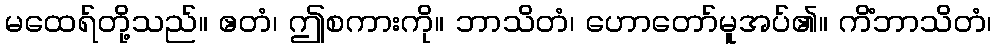
မထေရ်တို့သည်။ ဧတံ၊ ဤစကားကို။ ဘာသိတံ၊ ဟောတော်မူအပ်၏။ ကိံဘာသိတံ၊